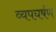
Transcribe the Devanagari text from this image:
व्यपघर्षण